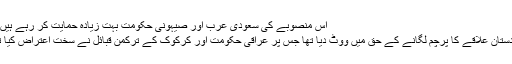
اس منصوبے کی سعودی عرب اور صیہونی حکومت بہت زیادہ حمایت کر رہے ہیں ...
کردستان علاقے کا پرچم لگانے کے حق میں ووٹ دیا تھا جس پر عراقی حکومت اور كركوک کے تركمن قبائل نے سخت اعتراض کیا تھا۔